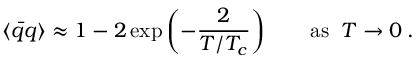
\langle \bar { q } q \rangle \approx 1 - 2 \exp \left( - \frac { 2 } { T / T _ { c } } \right) \qquad \mathrm { a s } \; \; T \rightarrow 0 \: .